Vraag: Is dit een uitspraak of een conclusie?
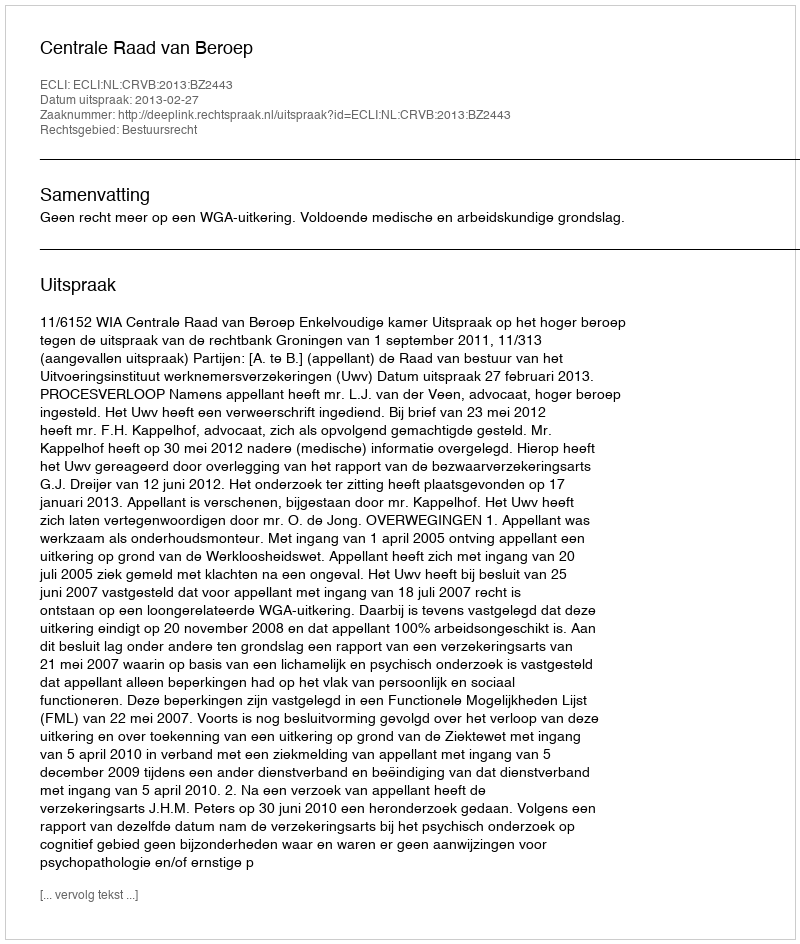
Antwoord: Uitspraak